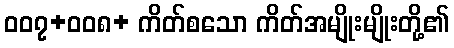
၀၀၇+၀၀၈+ ကိတ်စသော ကိတ်အမျိုးမျိုးတို့၏